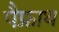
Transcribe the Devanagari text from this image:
पैफ्राथ